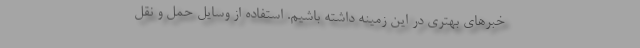
خبرهای بهتری در این زمینه داشته باشیم. استفاده از وسایل حمل و نقل